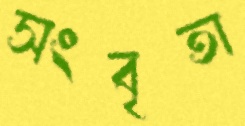
সংবৃতা